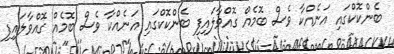
ބެންކޮކްގައި އަނެއްކާ ވެސް ބޮމެއް ގޮއްވާލައިފި ބެންކޮކްގައި އަނެއްކާ ވެސް ބޮމެއް ގޮއްވާލައިފި